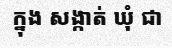
ក្នុង សង្កាត់ ឃុំ ជា